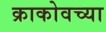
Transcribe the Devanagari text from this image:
क्राकोवच्या